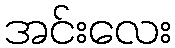
အင်းလေး